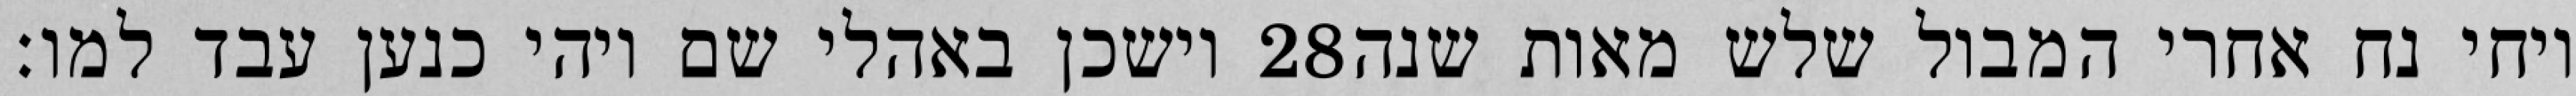
וישכן באהלי שם ויהי כנען עבד למו׃ ‎28‏ ויחי נח אחרי המבול שלש מאות שנה